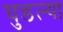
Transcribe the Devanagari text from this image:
घुडल्या